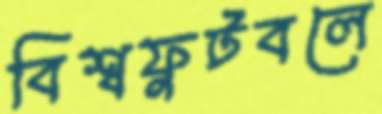
বিশ্বফুটবলে